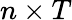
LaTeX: n\times T